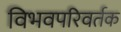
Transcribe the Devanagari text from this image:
विभवपरिवर्तक